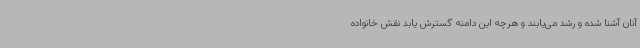
آنان آشنا شده و رشد می‌یابند و هرچه این دامنه گسترش یابد نقش خانواده